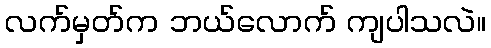
လက်မှတ်က ဘယ်လောက် ကျပါသလဲ။